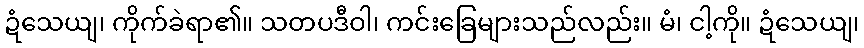
ဍံသေယျ၊ ကိုက်ခဲရာ၏။ သတပဒီဝါ၊ ကင်းခြေများသည်လည်း။ မံ၊ ငါ့ကို။ ဍံသေယျ၊